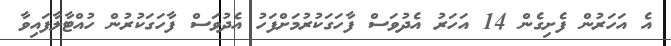
އެ އަހަރުން ފެށިގެން 14 އަހަރު އެދުވަސް ފާހަގަކުރުމަށްފަހު އެދުވަސް ފާހަގަކުރުން ހުއްޓާލާފައިވާ